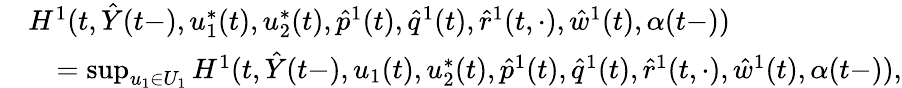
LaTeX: \begin{array}{rl}&{H^{1}(t,\hat{Y}(t-),u_{1}^{*}(t),u_{2}^{*}(t),\hat{p}^{1}(t),\hat{q}^{1}(t),\hat{r}^{1}(t,\cdot),\hat{w}^{1}(t),\alpha(t-))}\\ &{\quad=\operatorname*{sup}_{u_{1}\in U_{1}}H^{1}(t,\hat{Y}(t-),u_{1}(t),u_{2}^{*}(t),\hat{p}^{1}(t),\hat{q}^{1}(t),\hat{r}^{1}(t,\cdot),\hat{w}^{1}(t),\alpha(t-)),}\end{array}